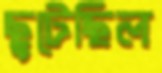
ছুটেছিল